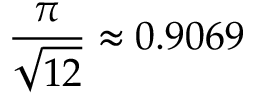
{ \frac { \pi } { \sqrt { 1 2 } } } \approx 0 . 9 0 6 9